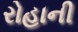
રોહાની